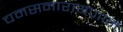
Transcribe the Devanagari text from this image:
चमसनारायणानें